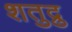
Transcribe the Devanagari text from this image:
शतुद्रु